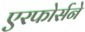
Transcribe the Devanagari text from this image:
एरफोर्सने